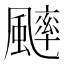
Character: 𩘱